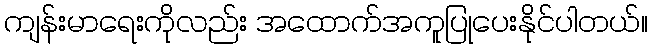
ကျန်းမာရေးကိုလည်း အထောက်အကူပြုပေးနိုင်ပါတယ်။